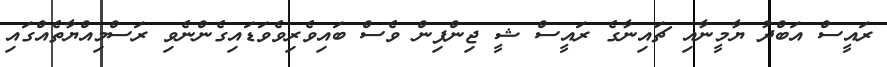
ރައީސް އަބްދު ޔާމީނާއި ޗައިނާގެ ރައީސް ޝީ ޖިންޕިން ވެސް ބައިވެރިވެވަޑައިގެންނެވި ރަސްމިއްޔާތެއްގައި